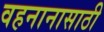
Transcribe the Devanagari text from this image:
वहनानासाठी